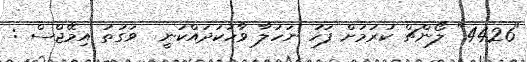
"4426" ލޯންޗް ކުރުމަށް ފަހު ނަހުލާ ވާހަކަދައްކަނީ  ވަގުތު އިމޭޖްސް :